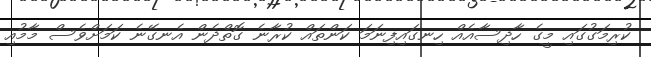
ކުރިމަގުގައި މީގެ ހާދިސާއެއް ހިނގައިފިނަމަ ކަންތައް ކުރާނެ ގޮތްދެން އެނގޭނެ ކަމަށްވެސް މާމުއި